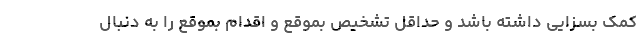
کمک بسزایی داشته باشد و حداقل تشخیص بموقع و اقدام بموقع را به دنبال